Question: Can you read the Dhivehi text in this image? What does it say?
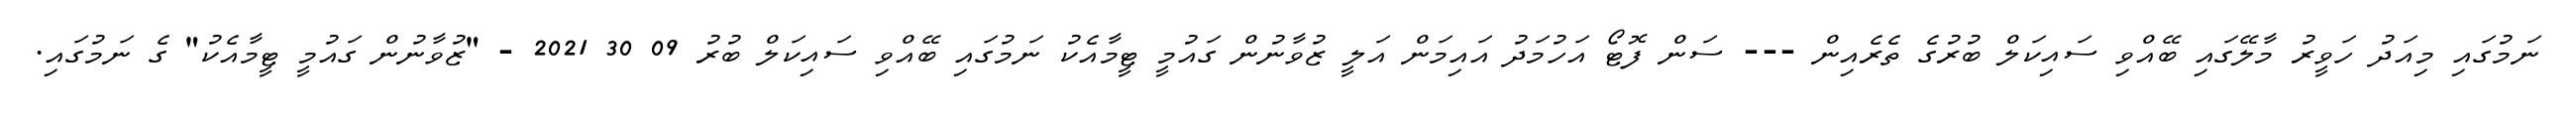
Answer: ނަމުގައި މިއަދު ހަވީރު މާލޭގައި ބޭއްވި ސައިކަލް ބުރުގެ ތެރެއިން --- ސަން ފޮޓޯ އަހުމަދު އައިމަން އަލީ ޒުވާނުން ގައުމީ ޓީމާއެކު ނަމުގައި ބޭއްވި ސައިކަލް ބުރު 09 30 2021 - "ޒުވާނުން ގައުމީ ޓީމާއެކު" ގެ ނަމުގައި.